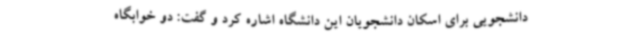
دانشجویی برای اسکان دانشجویان این دانشگاه اشاره کرد و گفت: دو خوابگاه